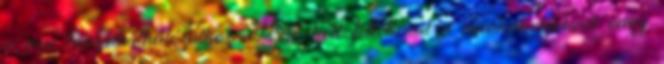
a mai benzinkúthálózathoz. Nem kell feltétlenül a munkahelyeknél vagy